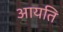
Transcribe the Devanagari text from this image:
आयति